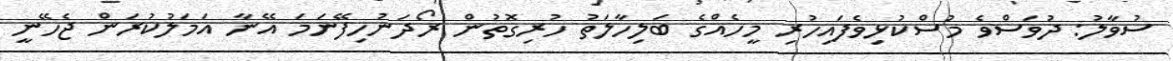
ސުވާލު: ދުވަސްވެ މުސްކުޅިވެފައިހުރި މީހެއްގެ ބަލިހާލަތު ހުރިގޮތުން ރޯދަނުހިފޭނަމަ އޭނާ އަމަލުކުރަން ޖެހޭނީ